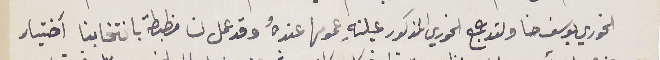
الخوري يوسف حنا ولقد جمع الخوري المذكور عيلتهِ عمومها عندهُ وقد عمل لنا مظبطة بانتخابنا أختيار